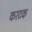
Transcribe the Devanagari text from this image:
करटक